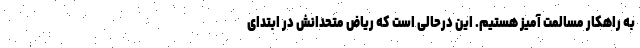
به راهکار مسالمت آمیز هستیم. این درحالی است که ریاض متحدانش در ابتدای